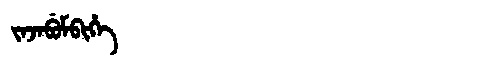
Manchu: ᠵᠠᠵᠠᠪᡠᠮᠪᡳᡥᡝ
Romanization: JAJABUMBIHE